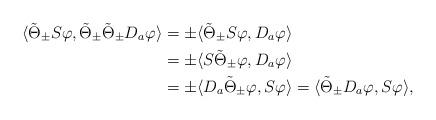
LaTeX: \begin{align*}\langle \tilde{\Theta}_\pm S\varphi, \tilde{\Theta}_\pm\tilde{\Theta}_\pm D_a\varphi\rangle &=\pm \langle \tilde{\Theta}_\pm S\varphi,D_a\varphi\rangle\\&=\pm \langle S\tilde{\Theta}_\pm \varphi,D_a\varphi\rangle\\&=\pm \langle D_a\tilde{\Theta}_\pm \varphi,S\varphi\rangle=\langle \tilde{\Theta}_\pm D_a\varphi,S\varphi\rangle,\end{align*}